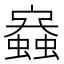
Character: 𧒟